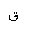
Letter: _qaf